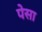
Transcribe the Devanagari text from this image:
पेसा